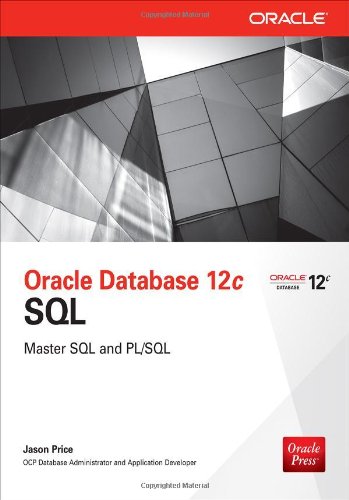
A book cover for Oracle Database 12c SQL; Jason Price; Computers & Technology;